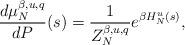
LaTeX: \begin{align*}\frac{d\mu_N^{\beta, u, q}}{dP}(s)=\frac{1}{Z_N^{\beta, u, q}}e^{\beta H_N^{u}(s)},\end{align*}